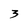
Character: 3